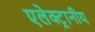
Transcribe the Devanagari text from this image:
एलेक्ट्रानीय